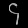
Digit: ၄